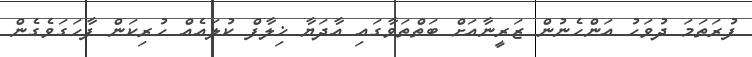
ފުރަތަމަ ދުވަހު އަންހެނުން ޒަރީނާއަށް ބަތްތަވާގައި އާދަޔާ ޚިލާފް ކުލައެއް ހުރިކަން ފާހަގަވެގެން